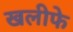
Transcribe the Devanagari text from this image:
खलीफे